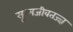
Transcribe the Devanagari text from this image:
सूक्ष्मजीवतज्ज्ञ